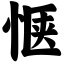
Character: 惬